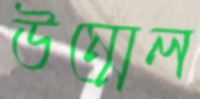
উম্মেল